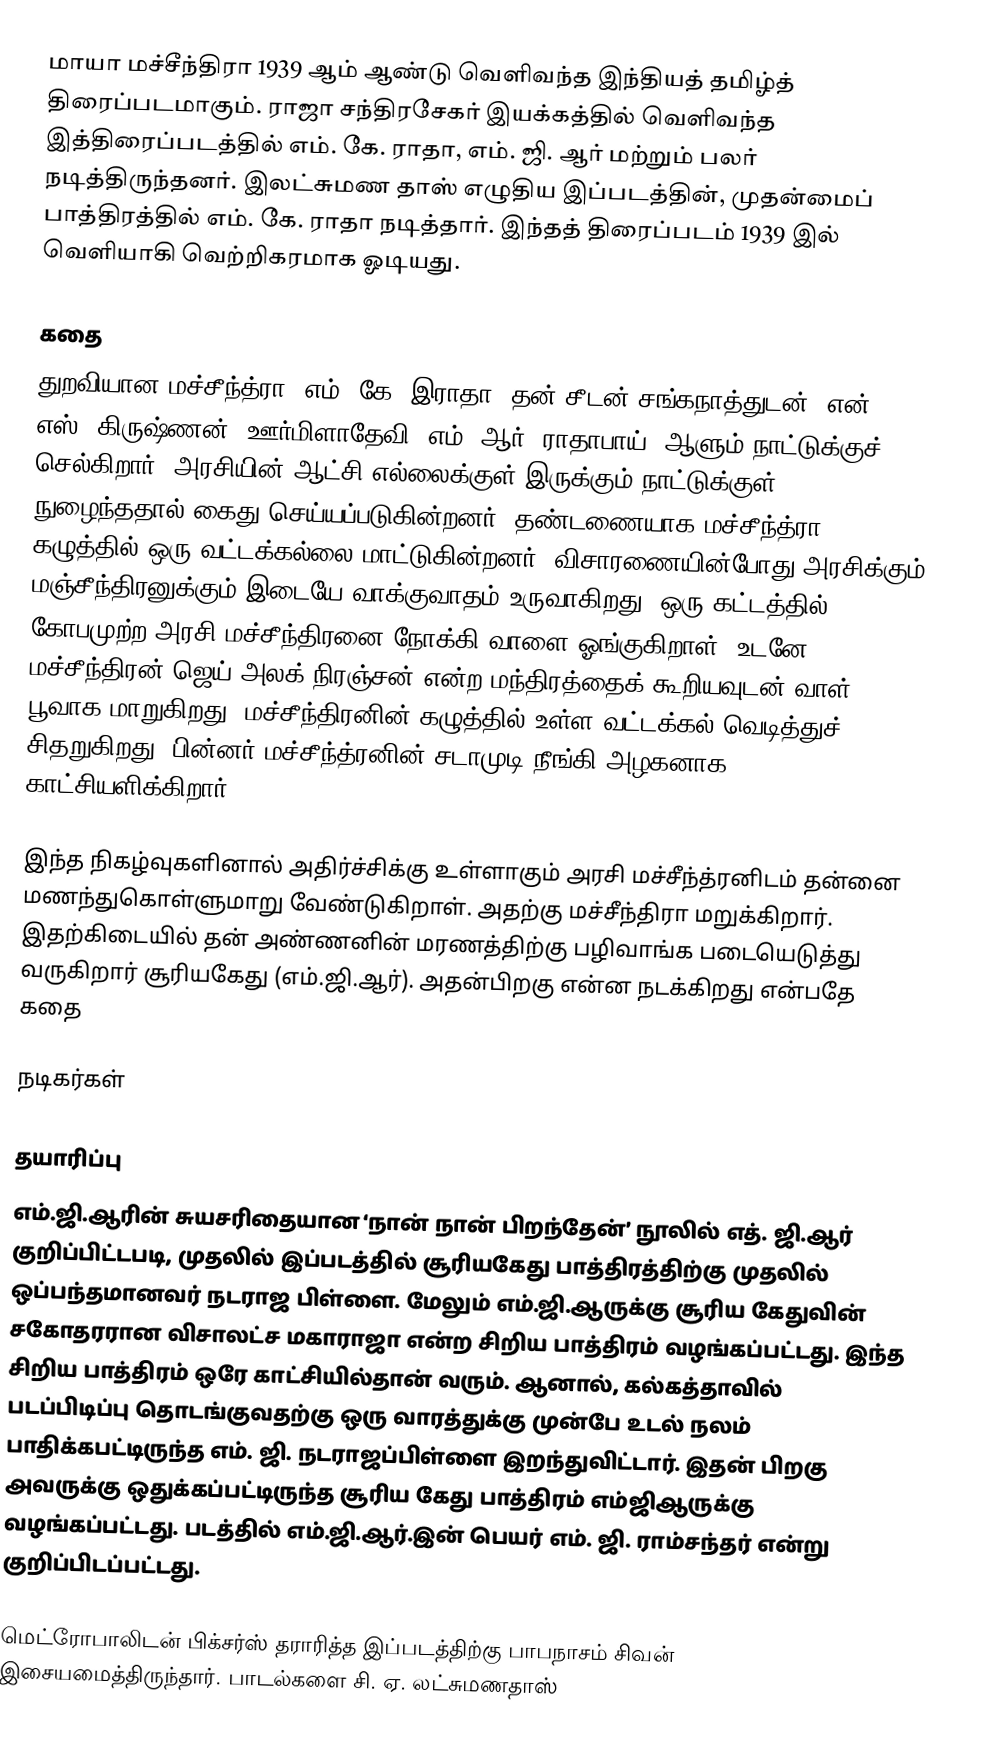
மாயா மச்சீந்திரா 1939 ஆம் ஆண்டு வெளிவந்த இந்தியத் தமிழ்த் திரைப்படமாகும். ராஜா சந்திரசேகர் இயக்கத்தில் வெளிவந்த இத்திரைப்படத்தில் எம். கே. ராதா, எம். ஜி. ஆர் மற்றும் பலர் நடித்திருந்தனர்.  இலட்சுமண தாஸ் எழுதிய இப்படத்தின், முதன்மைப் பாத்திரத்தில் எம். கே. ராதா நடித்தார். இந்தத் திரைப்படம் 1939 இல் வெளியாகி வெற்றிகரமாக ஓடியது.

கதை
துறவியான மச்சீந்த்ரா (எம். கே. இராதா) தன் சீடன் சங்கநாத்துடன் (என். எஸ். கிருஷ்ணன்) ஊர்மிளாதேவி (எம். ஆர். ராதாபாய்) ஆளும் நாட்டுக்குச் செல்கிறார். அரசியின் ஆட்சி எல்லைக்குள் இருக்கும் நாட்டுக்குள் நுழைந்ததால் கைது செய்யப்படுகின்றனர். தண்டணையாக மச்சீந்த்ரா கழுத்தில் ஒரு வட்டக்கல்லை மாட்டுகின்றனர். விசாரணையின்போது அரசிக்கும் மஞ்சீந்திரனுக்கும் இடையே வாக்குவாதம் உருவாகிறது. ஒரு கட்டத்தில் கோபமுற்ற அரசி மச்சீந்திரனை நோக்கி வாளை ஓங்குகிறாள். உடனே மச்சீந்திரன் ஜெய் அலக் நிரஞ்சன் என்ற மந்திரத்தைக் கூறியவுடன் வாள் பூவாக மாறுகிறது. மச்சீந்திரனின் கழுத்தில் உள்ள வட்டக்கல் வெடித்துச் சிதறுகிறது. பின்னர் மச்சீந்த்ரனின் சடாமுடி நீங்கி அழகனாக காட்சியளிக்கிறார்.

இந்த நிகழ்வுகளினால் அதிர்ச்சிக்கு உள்ளாகும் அரசி மச்சீந்த்ரனிடம் தன்னை மணந்துகொள்ளுமாறு வேண்டுகிறாள்.  அதற்கு மச்சீந்திரா மறுக்கிறார்.  இதற்கிடையில் தன் அண்ணனின் மரணத்திற்கு பழிவாங்க படையெடுத்து வருகிறார் சூரியகேது (எம்.ஜி.ஆர்). அதன்பிறகு என்ன நடக்கிறது என்பதே கதை

நடிகர்கள்

தயாரிப்பு
எம்.ஜி.ஆரின் சுயசரிதையான ‘நான் நான் பிறந்தேன்’ நூலில் எத். ஜி.ஆர் குறிப்பிட்டபடி, முதலில் இப்படத்தில் சூரியகேது பாத்திரத்திற்கு முதலில் ஒப்பந்தமானவர் நடராஜ பிள்ளை. மேலும் எம்.ஜி.ஆருக்கு சூரிய கேதுவின் சகோதரரான விசாலட்ச மகாராஜா என்ற சிறிய பாத்திரம் வழங்கப்பட்டது. இந்த சிறிய பாத்திரம் ஒரே காட்சியில்தான் வரும். ஆனால், கல்கத்தாவில் படப்பிடிப்பு தொடங்குவதற்கு ஒரு வாரத்துக்கு முன்பே உடல் நலம் பாதிக்கபட்டிருந்த எம். ஜி. நடராஜப்பிள்ளை இறந்துவிட்டார். இதன் பிறகு அவருக்கு ஒதுக்கப்பட்டிருந்த சூரிய கேது பாத்திரம் எம்ஜிஆருக்கு வழங்கப்பட்டது. படத்தில் எம்.ஜி.ஆர்.இன் பெயர் எம். ஜி. ராம்சந்தர் என்று குறிப்பிடப்பட்டது.

மெட்ரோபாலிடன் பிக்சர்ஸ் தராரித்த இப்படத்திற்கு பாபநாசம் சிவன் இசையமைத்திருந்தார். பாடல்களை சி. ஏ. லட்சுமணதாஸ்